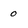
Character: 0